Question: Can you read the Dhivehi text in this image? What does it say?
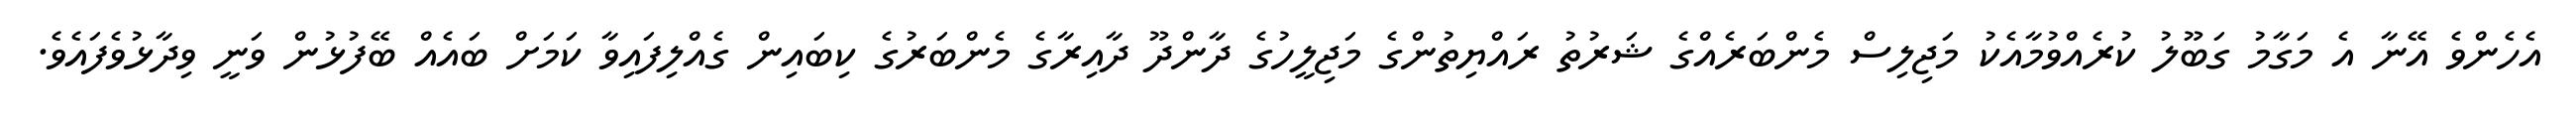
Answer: އެހެންވެ އޭނާ އެ މަގާމު ގަބޫލު ކުރެއްވުމާއެކު މަޖިލިސް މެންބަރެއްގެ ޝަރުތު ރައްޔިތުންގެ މަޖިލީހުގެ ދާންދޫ ދާއިރާގެ މެންބަރުގެ ކިބައިން ގެއްލިފައިވާ ކަމަށް ބައެއް ބޭފުޅުން ވަނީ ވިދާޅުވެފައެވެ.